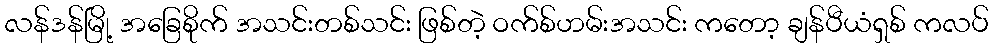
လန်ဒန်မြို့ အခြေစိုက် အသင်းတစ်သင်း ဖြစ်တဲ့ ဝက်စ်ဟမ်းအသင်း ကတော့ ချန်ပီယံရှစ် ကလပ်